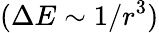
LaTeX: (\Delta E\sim 1/r^{3})